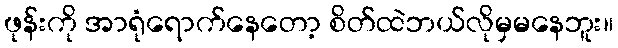
ဖုန်းကို အာရုံရောက်နေတော့ စိတ်ထဲဘယ်လိုမှမနေဘူး။